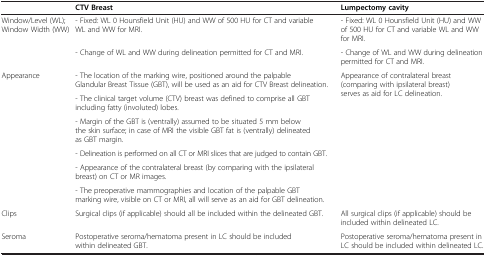
|  | CTV Breast | Lumpectomy cavity |
 | --- | --- | --- |
 | <ROWSPAN=2> Window/Level (WL); Window Width (WW) | - Fixed: WL 0 Hounsfield Unit (HU) and WW of 500 HU for CT and variable WL and WW for MRI. | - Fixed: WL 0 Hounsfield Unit (HU) and WW of 500 HU for CT and variable WL and WW for MRI. |
 | - Change of WL and WW during delineation permitted for CT and MRI. | - Change of WL and WW during delineation permitted for CT and MRI. |
 | <ROWSPAN=6> Appearance | - The location of the marking wire, positioned around the palpable Glandular Breast Tissue (GBT), will be used as an aid for CTV Breast delineation. | <ROWSPAN=6> Appearance of contralateral breast (comparing with ipsilateral breast) serves as aid for LC delineation. |
 | - The clinical target volume (CTV) breast was defined to comprise all GBT including fatty (involuted) lobes. |
 | - Margin of the GBT is (ventrally) assumed to be situated 5 mm below the skin surface; in case of MRI the visible GBT fat is (ventrally) delineated as GBT margin. |
 | - Delineation is performed on all CT or MRI slices that are judged to contain GBT. |
 | - Appearance of the contralateral breast (by comparing with the ipsilateral breast) on CT or MR images. |
 | - The preoperative mammographies and location of the palpable GBT marking wire, visible on CT or MRI, all will serve as an aid for GBT delineation. |
 | Clips | Surgical clips (if applicable) should all be included within the delineated GBT. | All surgical clips (if applicable) should be included within delineated LC. |
 | Seroma | Postoperative seroma/hematoma present in LC should be included within delineated GBT. | Postoperative seroma/hematoma present in LC should be included within delineated LC. |